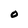
Character: O